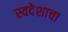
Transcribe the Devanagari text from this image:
स्वदेशाचा